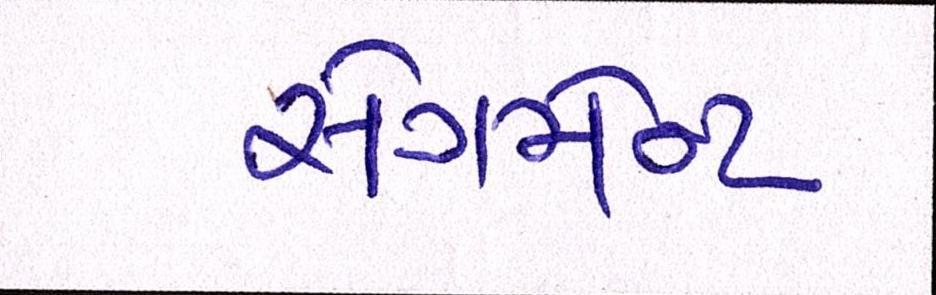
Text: સેગમેન્ટ